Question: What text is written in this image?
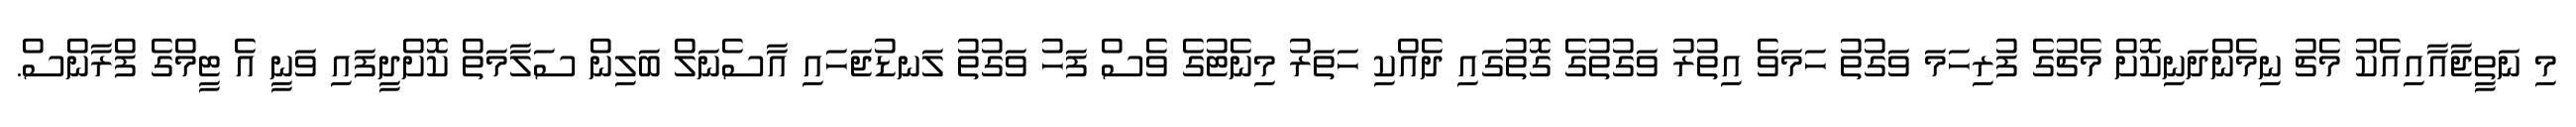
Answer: މި ނަތީޖާއާއިއެކު މެޗު ނިމެންދަނިކޮށް މެޗުގެ ފުރިހަމަ ވަގުތު ހަމަވެ އިތުރު ވަގުތުގެ ގޮތުގައި ދެއްކި ހަތަރު މިނެޓުގެ ވެސް ފަހު ވަގުތު ލަނޑުޖަހައި އާސެނަލް ބަލިން ސަލާމަތް ކޮށްދީފައި ވަނީ އެ ޓީމްގެ ފްރާންސް.